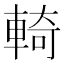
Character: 輢